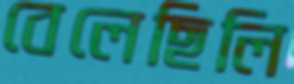
বেলেছিলি